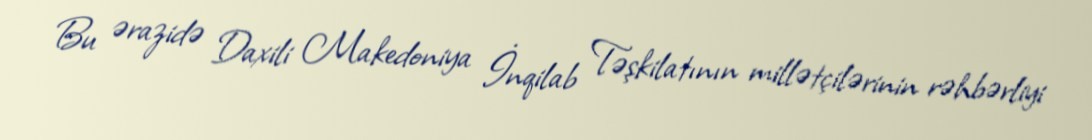
Bu ərazidə Daxili Makedoniya İnqilab Təşkilatının millətçilərinin rəhbərliyi